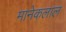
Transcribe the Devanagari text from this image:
मानेकलाल